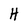
Character: H